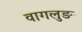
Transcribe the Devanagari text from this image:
वागलुङ